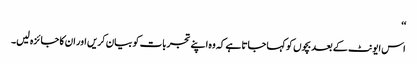
‘‘
اس ایونٹ کے بعد بچوں کو کہا جاتا ہے کہ وہ اپنے تجربات کو بیان کریں اور ان کا جائزہ لیں۔